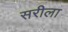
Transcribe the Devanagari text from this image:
सरीला